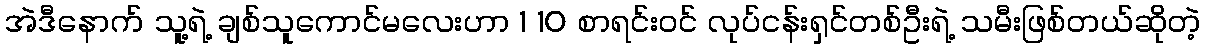
အဲဒီနောက် သူ့ရဲ့ ချစ်သူကောင်မလေးဟာ 1 10 စာရင်းဝင် လုပ်ငန်းရှင်တစ်ဦးရဲ့ သမီးဖြစ်တယ်ဆိုတဲ့